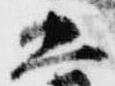
五